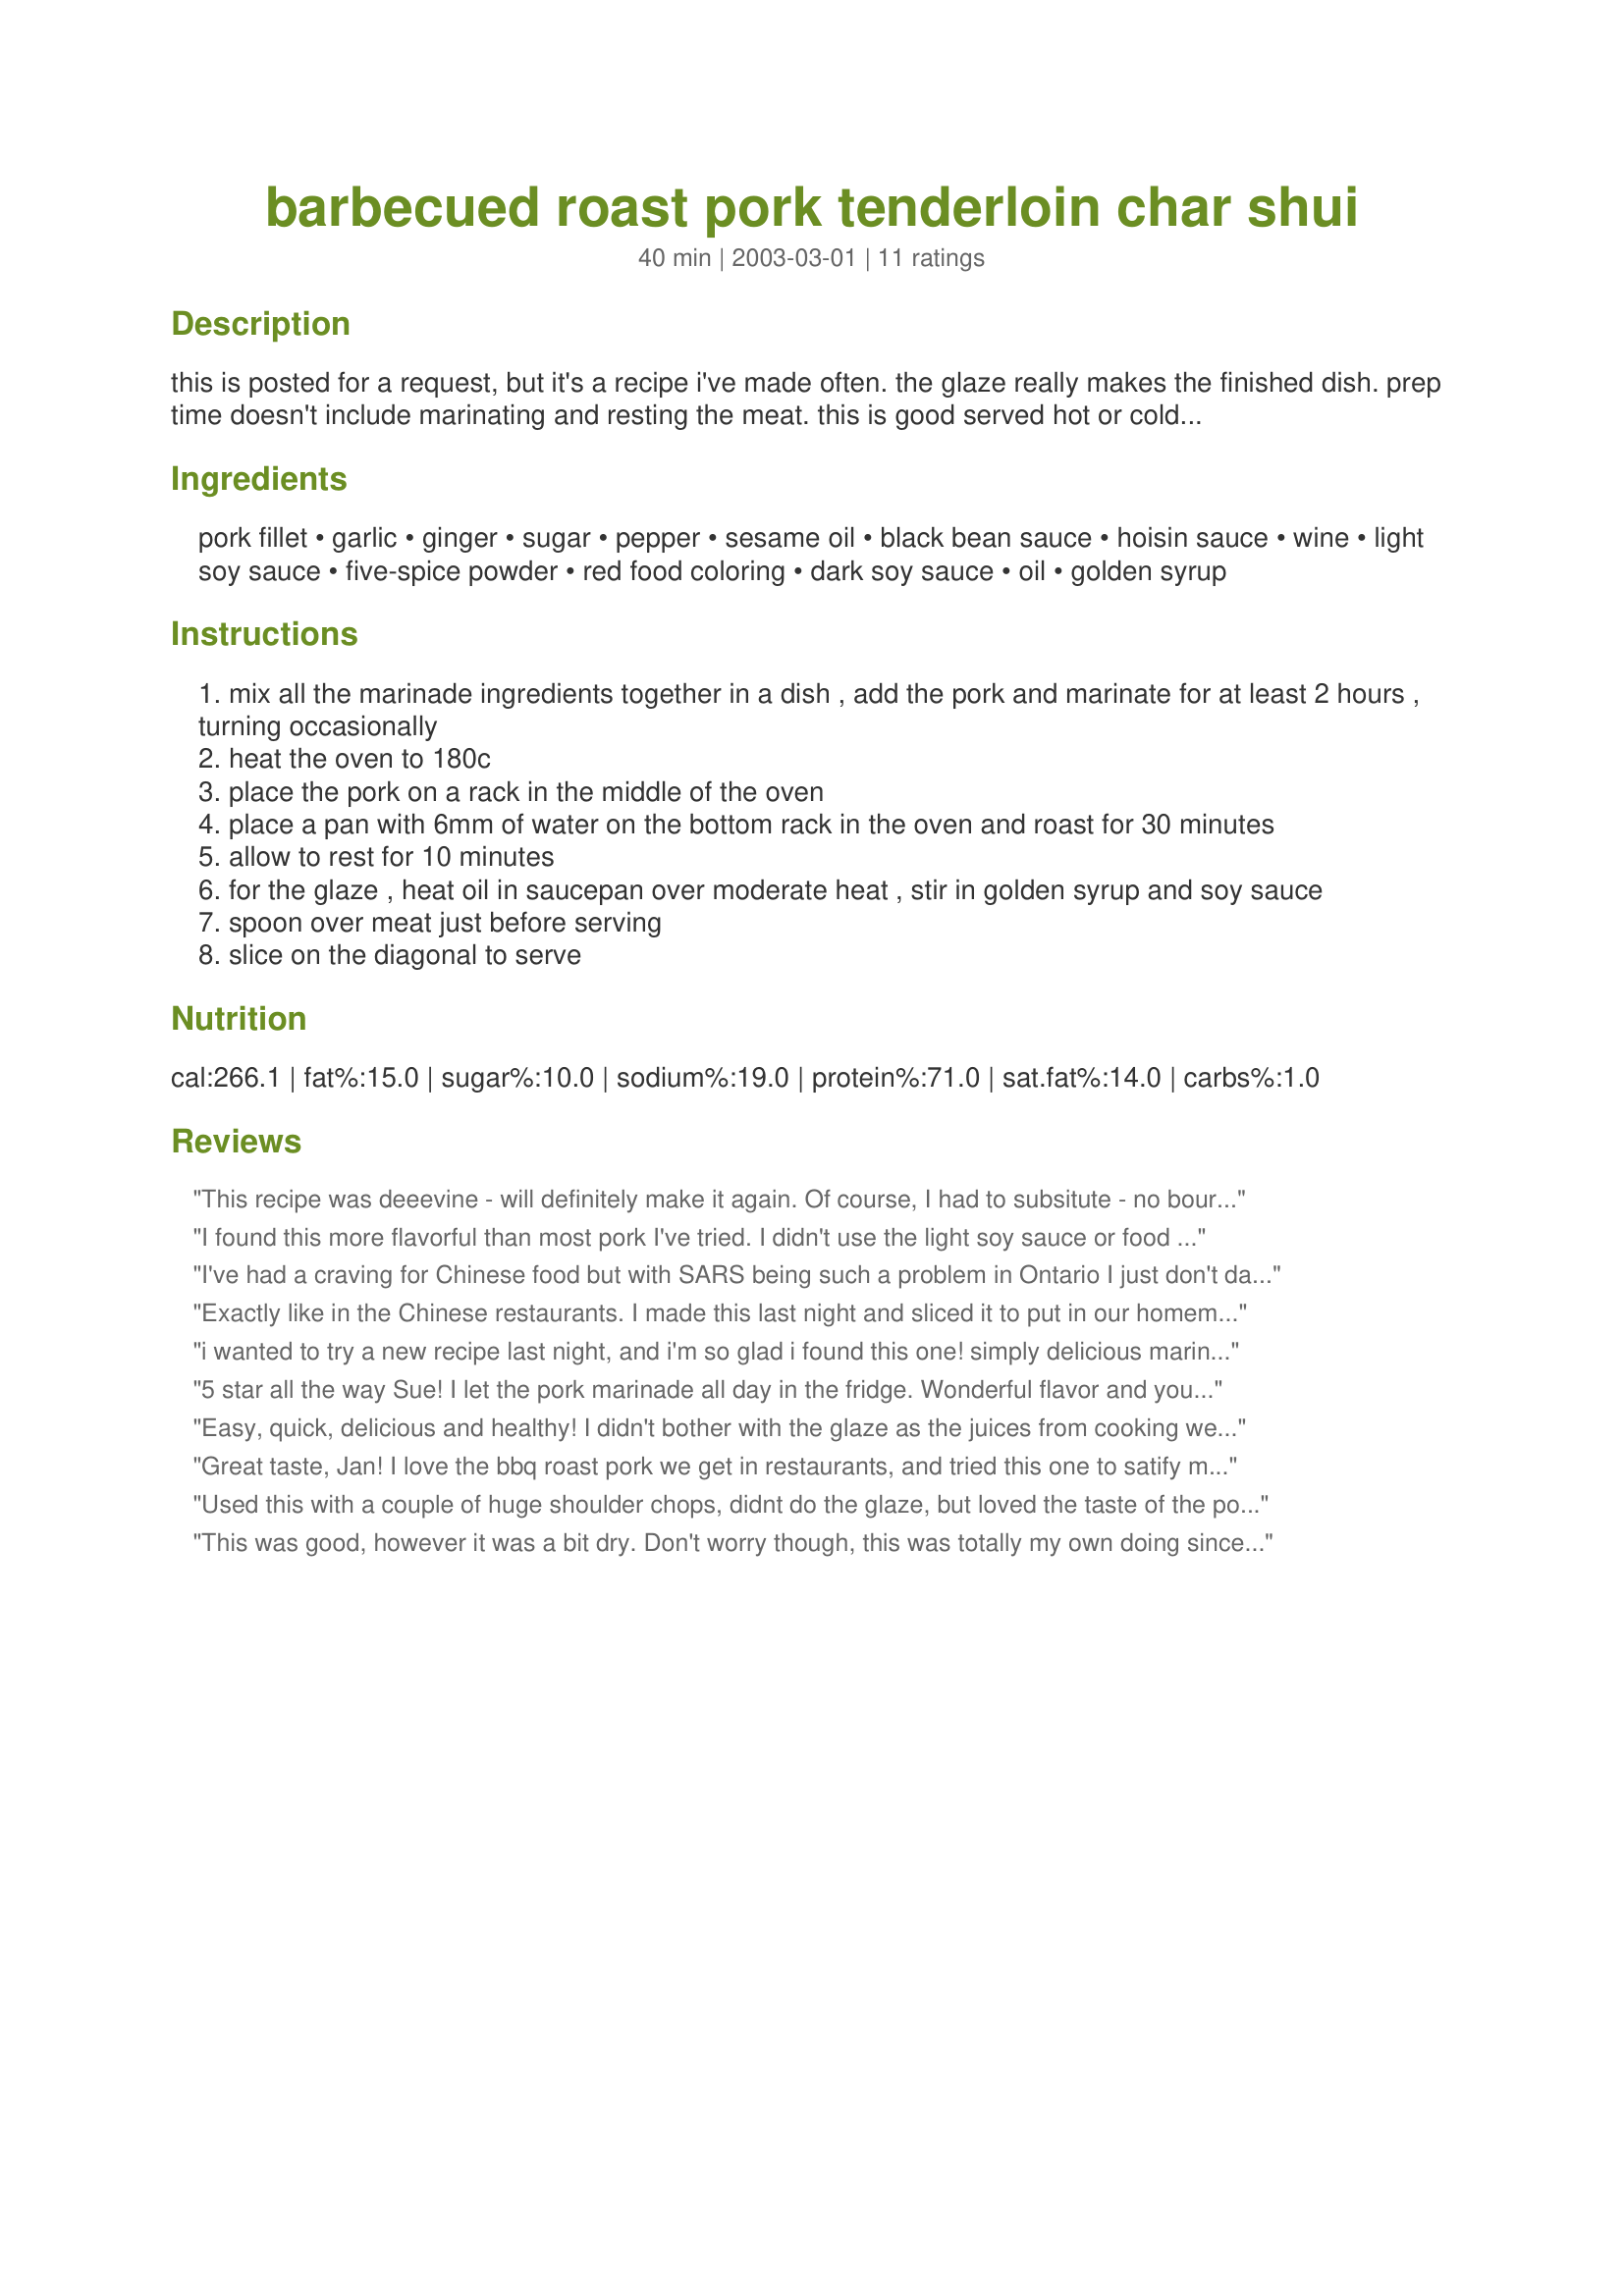
barbecued roast pork tenderloin char shui
Preparation time: 40 minutes

this is posted for a request, but it's a recipe i've made often. the glaze really makes the finished dish. prep time doesn't include marinating and resting the meat. this is good served hot or cold, and leftovers are great in sandwiches.

Ingredients:
pork fillet, garlic, ginger, sugar, pepper, sesame oil, black bean sauce, hoisin sauce, wine, light soy sauce, five-spice powder, red food coloring, dark soy sauce, oil, golden syrup

Steps:
mix all the marinade ingredients together in a dish , add the pork and marinate for at least 2 hours , turning occasionally
heat the oven to 180c
place the pork on a rack in the middle of the oven
place a pan with 6mm of water on the bottom rack in the oven and roast for 30 minutes
allow to rest for 10 minutes
for the glaze , heat oil in saucepan over moderate heat , stir in golden syrup and soy sauce
spoon over meat just before serving
slice on the diagonal to serve

Reviews:
This recipe was deeevine - will definitely make it again. Of course, I had to subsitute - no bourbon so used sherry, no lemon so used a couple of mandarins. I also feel the colouring is unnessary so omitted that. Still, it was delicious and the sauce, poured over afterwards, was sooo good with the rice :)
I found this more flavorful than most pork I've tried. I didn't use the light soy sauce or food coloring but my family prefered the more natural color. When cooking, I turned the meat halfway through then boosted the temperature to 425f for 10 minutes. I'm interested in the glaze but we're cutting back on sugar and it was plenty flavorful. Thanks!!!
I've had a craving for Chinese food but with SARS being such a problem in Ontario I just don't dare go to a Chinese restaurant. So we did the next best thing - cooked our own!! I used tenderloin & next time I will probably brush the marinade on the pork as I found the flavour a little overpowering. Thanx Jan!
Exactly like in the Chinese restaurants. I made this last night and sliced it to put in our homemade wonton soup. Excellent!! I used pork tenderloin and marinated it for about 4 hours. Although I didn't use the final glaze, this recipe was fantastic. This one is a keeper.
i wanted to try a new recipe last night, and i'm so glad i found this one! simply delicious marinade and the glaze is a nice touch. cooking over the water bath made for juicy tender meat and such an easy cleanup! i did add more marinade to cover halfway through the cooking time. just lovely.
5 star all the way Sue! I let the pork marinade all day in the fridge. Wonderful flavor and you are rught the glaze gave it that special look. Left overs are going into my frioed rice tonight . The only change I made was toi replace the black pepper with a tsp of cayenne chili flakes. Thanks Sue
Easy, quick, delicious and healthy! I didn't bother with the glaze as the juices from cooking were sufficient. Thanks for sharing! I'll be doing this one again! I served it with steamed rice and stir fried vegies.
Great taste, Jan! I love the bbq roast pork we get in restaurants, and tried this one to satify my craving. I did not use the black bean sauce, but I might buy some to try the next time I make this. Lovely, rich flavor.
Used this with a couple of huge shoulder chops, didnt do the glaze, but loved the taste of the pork! Used this as comfort food, nice and tasty, even with a cold! thanks Jan for another good one!
This was good, however it was a bit dry. Don't worry though, this was totally my own doing since after learning about pork tapeworms, I have become very paranoid when cooking pork and now I always cook it longer than what the recipe calls for. (if you're brave, look up "Taenia solium" in a google search and you'll see why I'm so paranoid). I also didn't get to try the glaze, but these tasted pretty good (even when cold too).
I tried this recipe on a single pork chop. I pan fried the chop and finished it in a 350F degree oven. It was great.
